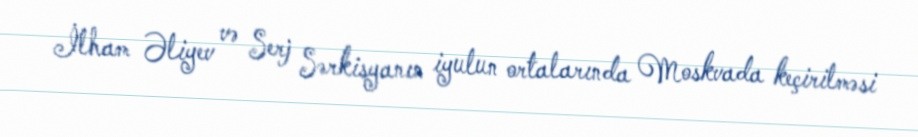
İlham Əliyev və Serj Sərkisyanın iyulun ortalarında Moskvada keçirilməsi